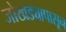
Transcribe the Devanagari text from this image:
जोखड्यापासून